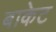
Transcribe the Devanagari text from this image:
बाकेट